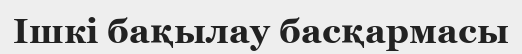
Ішкі бақылау басқармасы